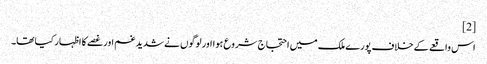
[2]
اس واقعے کے خلاف پورے ملک میں احتجاج شروع ہوا اور لوگوں نے شدید غم اور غصے کا اظہار کیا تھا۔